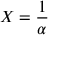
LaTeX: X = { \frac { 1 } { \alpha } }